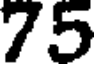
75